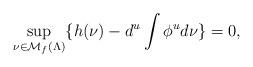
LaTeX: \begin{align*}\sup_{\nu \in \mathcal{M}_f(\Lambda)}\{h(\nu) - d^u\int\phi^ud\nu\} = 0,\end{align*}